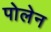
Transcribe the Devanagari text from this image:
पोलेन